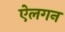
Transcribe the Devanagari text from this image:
ऐलगन